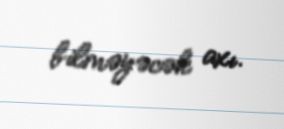
bilməyəcək axı.